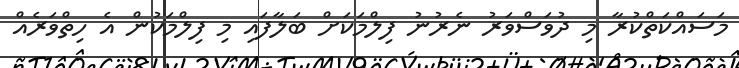
މަސައްކަތްކުރާ މި ދުވަސްވަރު ނެރުނު ފިލްމަކަށް ބަލާފައި މި ފިލްމަކުން އެ ހިތްވަރެއް